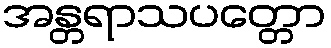
အန္တရာသပတ္တော